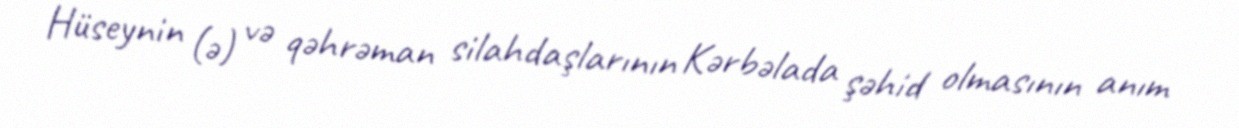
Hüseynin (ə) və qəhrəman silahdaşlarının Kərbəlada şəhid olmasının anım